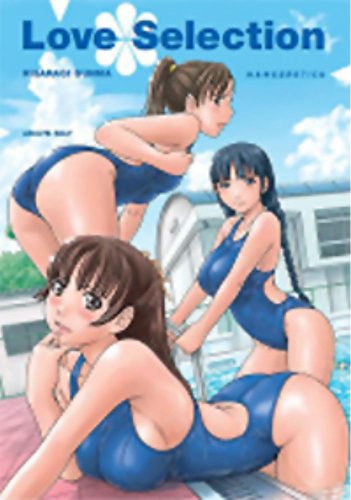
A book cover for Love Selection (Hentai); Kisaragi Gunma; Comics & Graphic Novels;